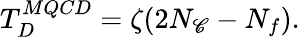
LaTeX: T_{D}^{MQCD}=\zeta(2N_{\mathscr{C}}-N_{f}).